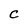
Character: C